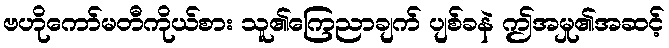
ဗဟိုကော်မတီကိုယ်စား သူ၏ကြေညာချက် ပျစ်ခနဲ ဤအမှု၏အဆင့်